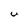
Character: U